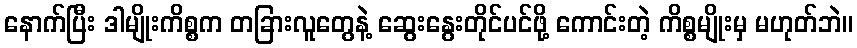
နောက်ပြီး ဒါမျိုးကိစ္စက တခြားလူတွေနဲ့ ဆွေးနွေးတိုင်ပင်ဖို့ ကောင်းတဲ့ ကိစ္စမျိုးမှ မဟုတ်ဘဲ။